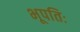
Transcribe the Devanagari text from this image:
भूपतिः